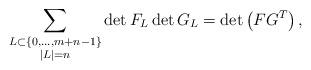
LaTeX: \begin{align*}\sum_{\substack{L\subset \{ 0,\ldots,m+n-1\} \\ |L| = n}} \det F_L \det G_L = \det \left( F G^T \right) ,\end{align*}